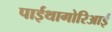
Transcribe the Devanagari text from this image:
पाईथागोरिआई